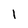
Character: 1